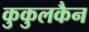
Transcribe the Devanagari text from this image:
कुकुलकैन